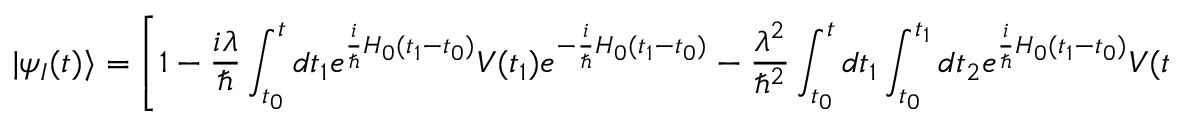
| \psi _ { I } ( t ) \rangle = \left[ 1 - { \frac { i \lambda } { \hbar } } \int _ { t _ { 0 } } ^ { t } d t _ { 1 } e ^ { { \frac { i } { \hbar } } H _ { 0 } ( t _ { 1 } - t _ { 0 } ) } V ( t _ { 1 } ) e ^ { - { \frac { i } { \hbar } } H _ { 0 } ( t _ { 1 } - t _ { 0 } ) } - { \frac { \lambda ^ { 2 } } { \hbar ^ { 2 } } } \int _ { t _ { 0 } } ^ { t } d t _ { 1 } \int _ { t _ { 0 } } ^ { t _ { 1 } } d t _ { 2 } e ^ { { \frac { i } { \hbar } } H _ { 0 } ( t _ { 1 } - t _ { 0 } ) } V ( t _ { 1 } ) e ^ { - { \frac { i } { \hbar } } H _ { 0 } ( t _ { 1 } - t _ { 0 } ) } e ^ { { \frac { i } { \hbar } } H _ { 0 } ( t _ { 2 } - t _ { 0 } ) } V ( t _ { 2 } ) e ^ { - { \frac { i } { \hbar } } H _ { 0 } ( t _ { 2 } - t _ { 0 } ) } + \ldots \right] | \psi ( t _ { 0 } ) \rangle ~ ,